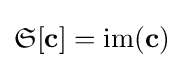
{\mathfrak {S}}[\mathbf {c} ]=\operatorname {im} (\mathbf {c} )